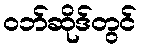
ဝဘ်ဆိုဒ်တွင်